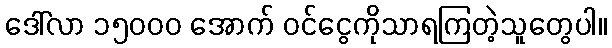
ဒေါ်လာ ၁၅၀၀၀ အောက် ဝင်ငွေကိုသာရကြတဲ့သူတွေပါ။